65_HS1-834228961_62-HQ-83894_Section_2
Agency: FBI
Page 47
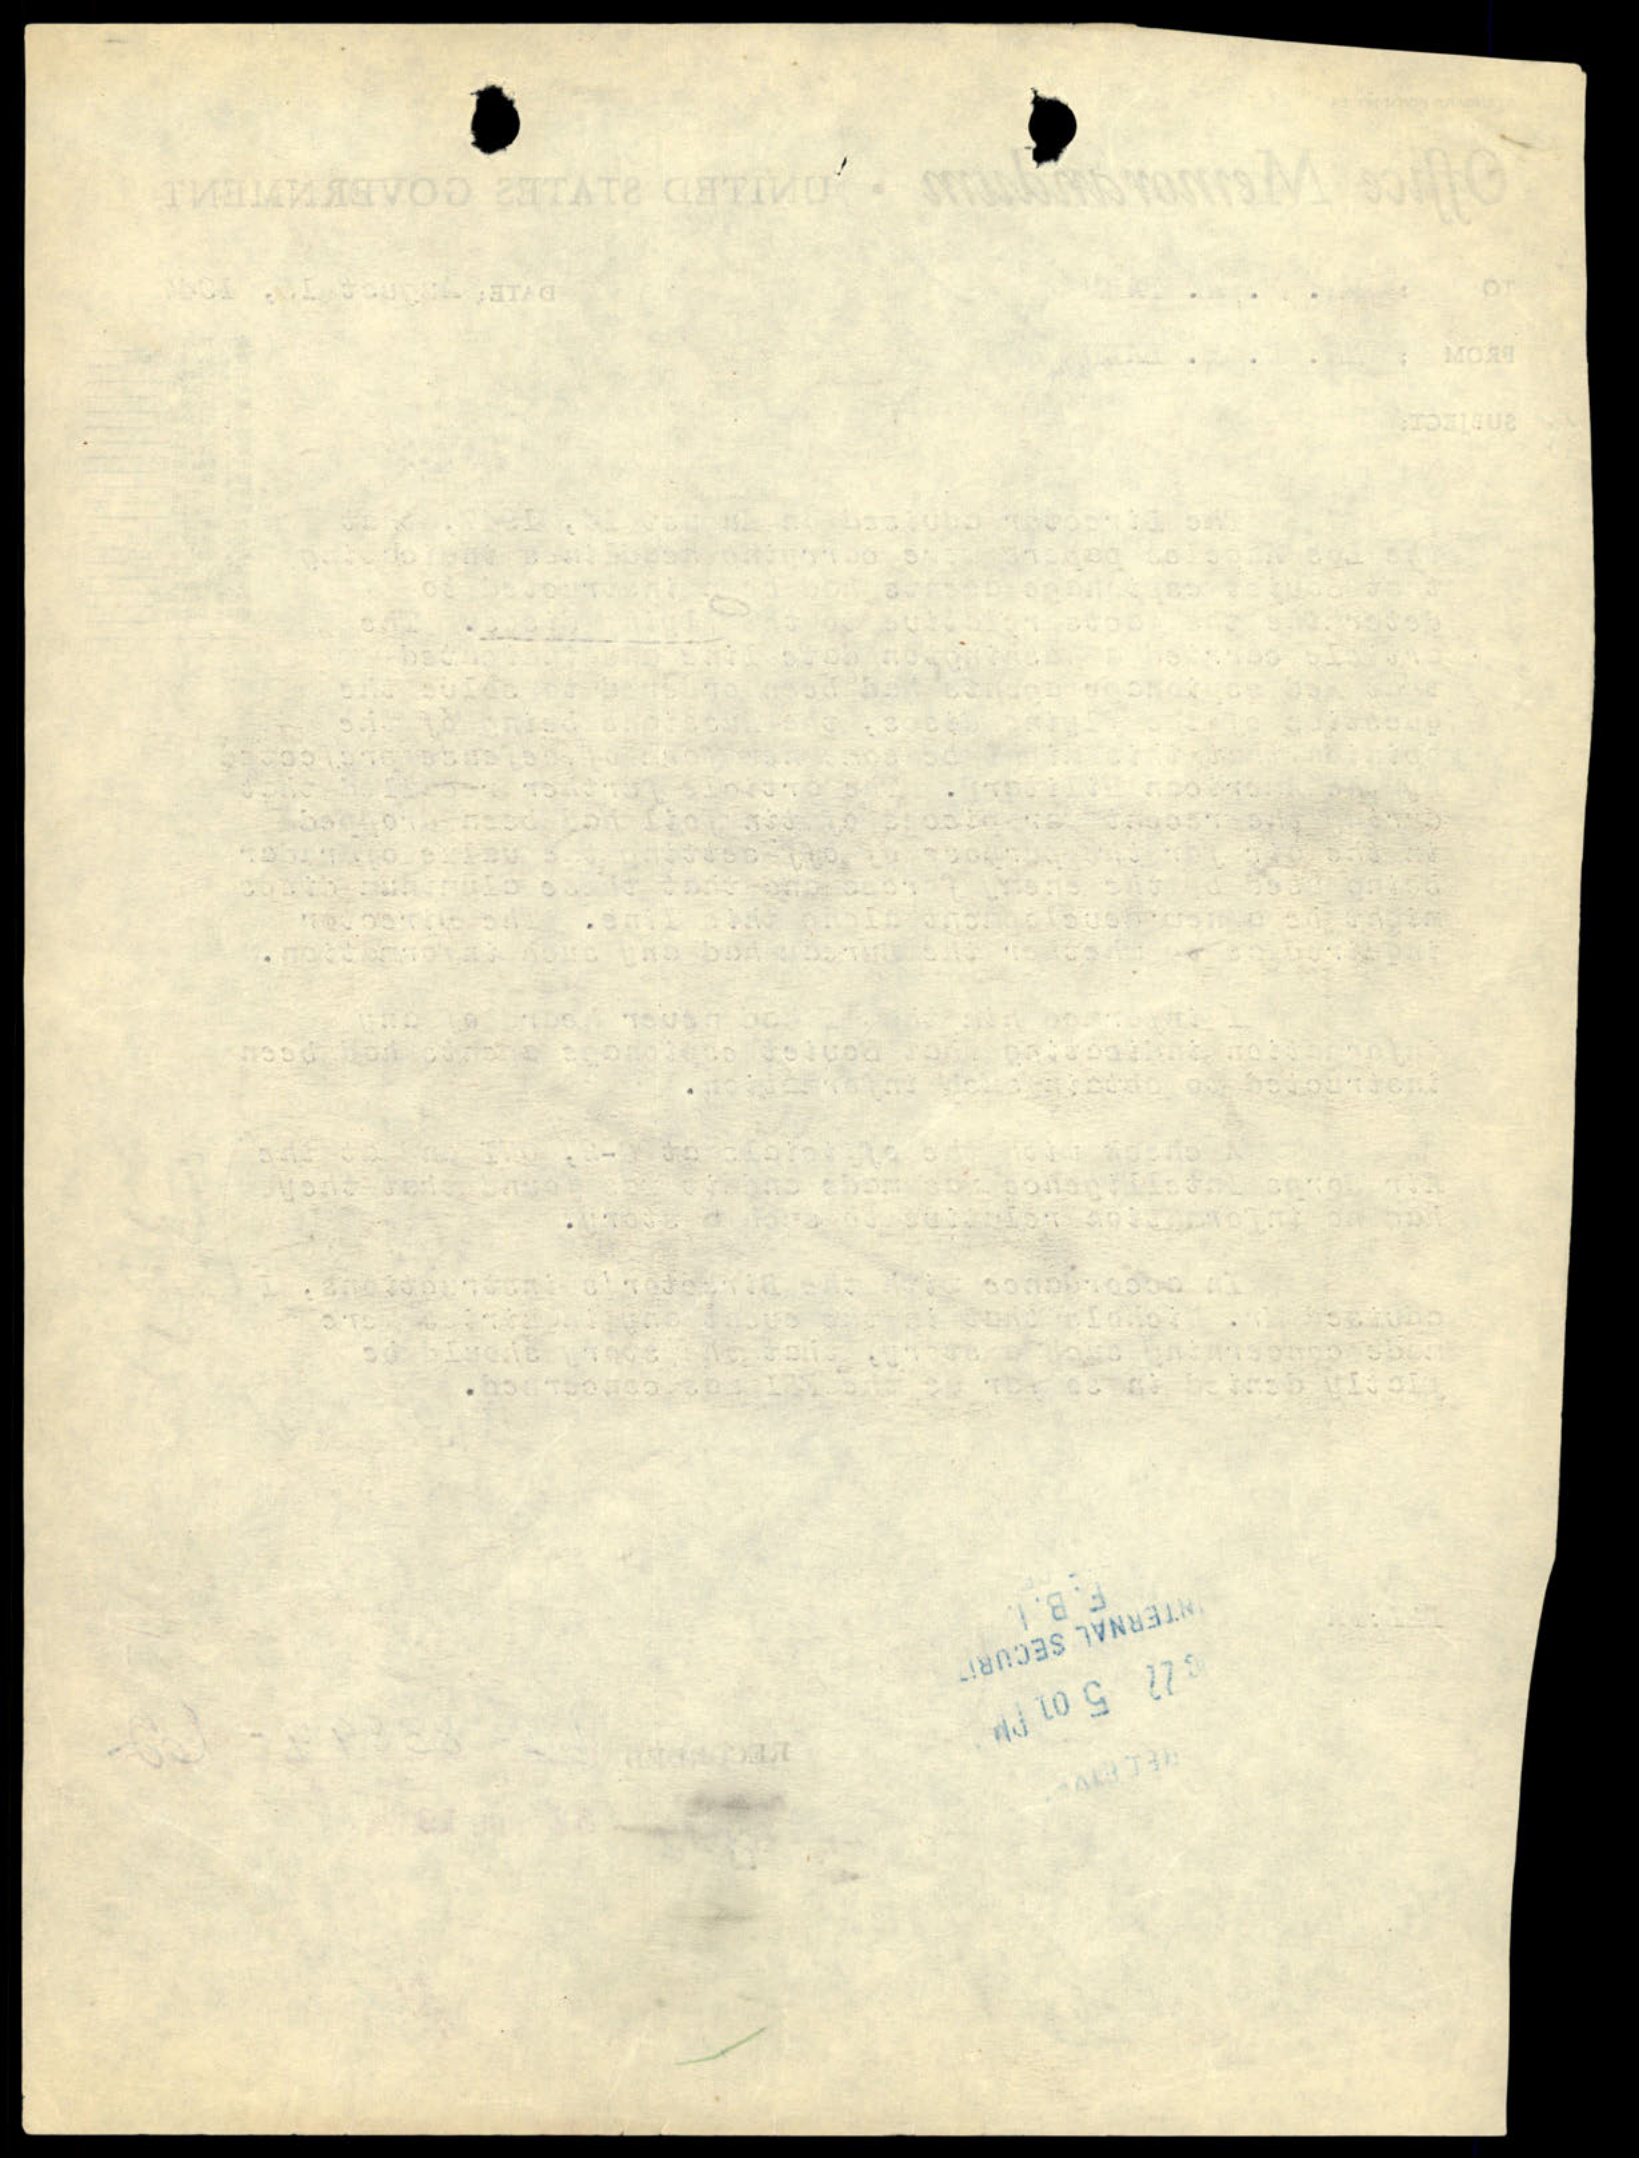